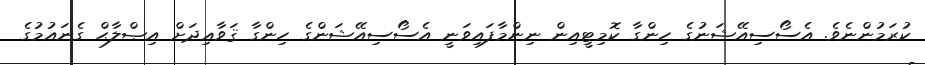
ކުރަމުންނެވެ. އެސޯސިއޭޝަނުގެ ހިންގާ ކޮމިޓީއިން ނިންމާފައިވަނީ އެސޯސިއޭޝަންގެ ހިންގާ ޤަވާޢިދަށް އިޞްލާޙް ގެނައުމުގެ